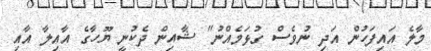
މާލެ އައިފަހުން އަދި ނުވެސް ގުޅަމެއްނު" ޝާއިން ދެކުނީ ޔޫހާގެ އާއިލާ އާއި